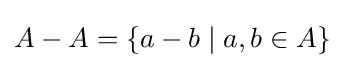
A-A=\{a-b\mid a,b\in A\}